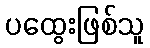
ပထွေးဖြစ်သူ